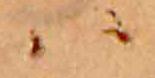
ハ